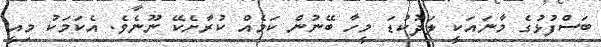
ބަސްފުޅުގެ މާނައަކީ ލަދުކުޑަ މީހާ ބޭނުން ކަމެއް ކުރާށެކޭ ނޫނެވެ. އެކަމަކު މިއީ